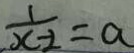
\frac { 1 } { x - 2 } = a